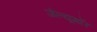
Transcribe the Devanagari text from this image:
जेल्यूगॉर